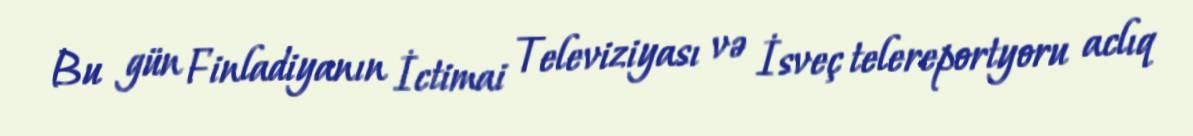
Bu gün Finladiyanın İctimai Televiziyası və İsveç telereportyoru aclıq